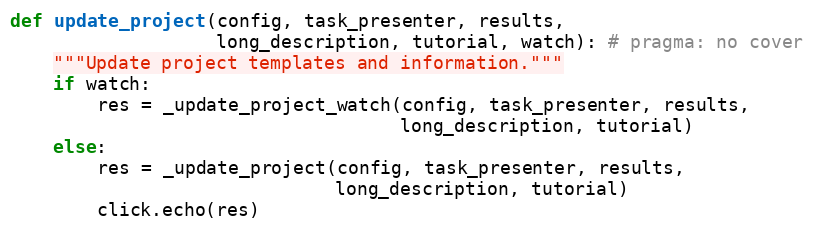
Language: Python
def update_project(config, task_presenter, results,
                   long_description, tutorial, watch): # pragma: no cover
    """Update project templates and information."""
    if watch:
        res = _update_project_watch(config, task_presenter, results,
                                    long_description, tutorial)
    else:
        res = _update_project(config, task_presenter, results,
                              long_description, tutorial)
        click.echo(res)